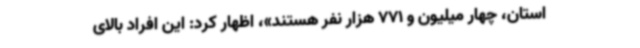
استان، چهار میلیون و 771 هزار نفر هستند»، اظهار کرد: این افراد بالای